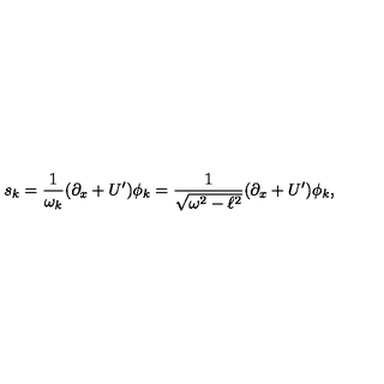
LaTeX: s _ { k } = \frac { 1 } { \omega _ { k } } ( \partial _ { x } + U { ' } ) \phi _ { k } = \frac { 1 } { \sqrt { \omega ^ { 2 } - \ell ^ { 2 } } } ( \partial _ { x } + U { ' } ) \phi _ { k } ,